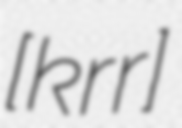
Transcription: [ˈkrɛrɨ]